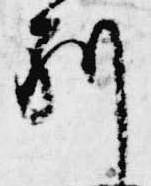
別